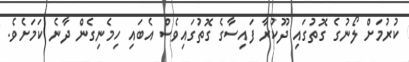
ކުރުމަށް ލޯނުގެ ގޮތުގައި ދޫކުރާ ފައިސާގެ ގޮތުގައިވެސް އެބައި ހިމެނިގެން ދާނެ ކަމަށެވެ.